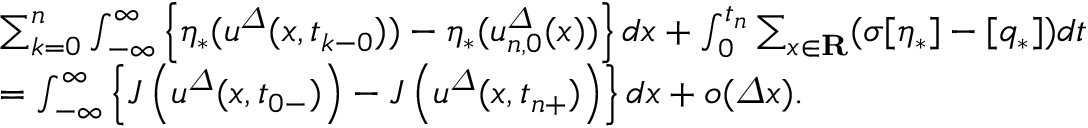
\begin{array} { r l } & { \sum _ { k = 0 } ^ { n } \int _ { - \infty } ^ { \infty } \left\{ \eta _ { \ast } ( { u } ^ { \varDelta } ( x , t _ { k - 0 } ) ) - \eta _ { \ast } ( { u } _ { n , 0 } ^ { \varDelta } ( x ) ) \right\} d x + \int _ { 0 } ^ { t _ { n } } \sum _ { x \in { \bf R } } ( \sigma [ \eta _ { \ast } ] - [ q _ { \ast } ] ) d t } \\ & { = \int _ { - \infty } ^ { \infty } \left\{ J \left( { u } ^ { \varDelta } ( x , t _ { 0 - } ) \right) - J \left( { u } ^ { \varDelta } ( x , t _ { n + } ) \right) \right\} d x + o ( { \varDelta } x ) . } \end{array}